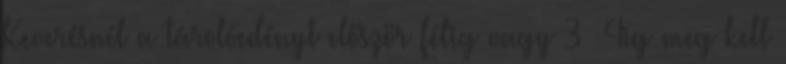
Keverésnél a tárolóedényt először félig vagy 3 4ig meg kell